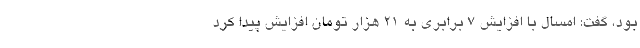
بود، گفت: امسال با افزایش ۷ برابری به ۲۱ هزار تومان افزایش پیدا کرد